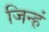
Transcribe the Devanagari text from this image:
जिन्हं